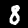
Digit: 8